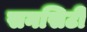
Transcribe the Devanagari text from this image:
सनसिटी